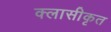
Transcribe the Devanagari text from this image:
क्लासीकृत